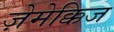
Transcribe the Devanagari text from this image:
ज़ेमेक्किज